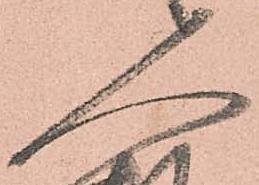
人